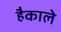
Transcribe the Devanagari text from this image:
हैकाले